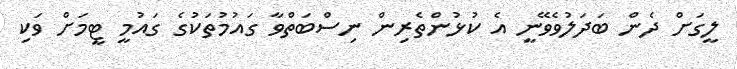
ލީގަށް ދެން ބަދަލުވެވޭނީ އެ ކުޅުންތެރިން ނިސްބަތްވާ ގައުމުތަކުގެ ގައުމީ ޓީމަށް ވަކި